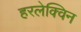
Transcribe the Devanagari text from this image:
हरलेक्विन